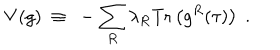
V ( g ) ~ \equiv ~ - \sum _ { R } \lambda _ { R } \mathrm { T r } \left( g ^ { R } ( \tau ) \right) \; .